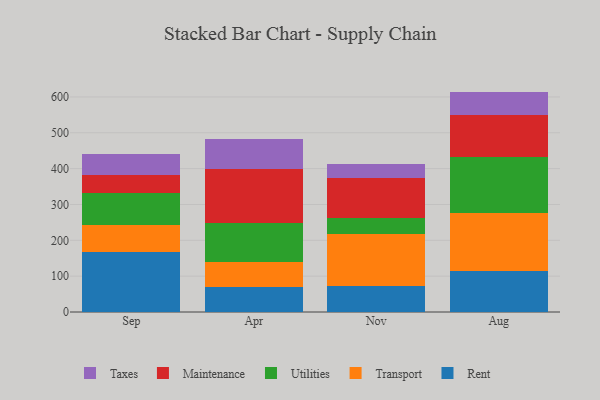
{"axis": {"x": "Month", "y": "Operating Costs (USD K)"}, "legend": ["Maintenance", "Rent", "Taxes", "Transport", "Utilities"], "data": [{"x": "Sep", "y": 168.3, "type": "Rent"}, {"x": "Sep", "y": 73.3, "type": "Transport"}, {"x": "Sep", "y": 90.3, "type": "Utilities"}, {"x": "Sep", "y": 50.4, "type": "Maintenance"}, {"x": "Sep", "y": 58.2, "type": "Taxes"}, {"x": "Apr", "y": 69.1, "type": "Rent"}, {"x": "Apr", "y": 71.2, "type": "Transport"}, {"x": "Apr", "y": 107.1, "type": "Utilities"}, {"x": "Apr", "y": 151.7, "type": "Maintenance"}, {"x": "Apr", "y": 82.9, "type": "Taxes"}, {"x": "Nov", "y": 71.2, "type": "Rent"}, {"x": "Nov", "y": 147.8, "type": "Transport"}, {"x": "Nov", "y": 44.5, "type": "Utilities"}, {"x": "Nov", "y": 111.0, "type": "Maintenance"}, {"x": "Nov", "y": 38.8, "type": "Taxes"}, {"x": "Aug", "y": 113.1, "type": "Rent"}, {"x": "Aug", "y": 164.2, "type": "Transport"}, {"x": "Aug", "y": 155.2, "type": "Utilities"}, {"x": "Aug", "y": 117.6, "type": "Maintenance"}, {"x": "Aug", "y": 64.8, "type": "Taxes"}]}